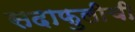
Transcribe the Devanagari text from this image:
सदाफुलीची